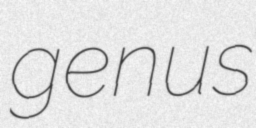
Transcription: genus